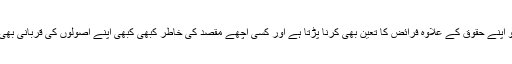
اس کیلئے آپ کو اپنے حقوق کے علاوہ فرائض کا تعین بھی کرنا پڑتا ہے اور کسی اچھے مقصد کی خاطر کبھی کبھی اپنے اصولوں کی قربانی بھی دینی پڑتی ہے۔